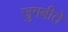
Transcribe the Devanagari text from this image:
जुगबीते